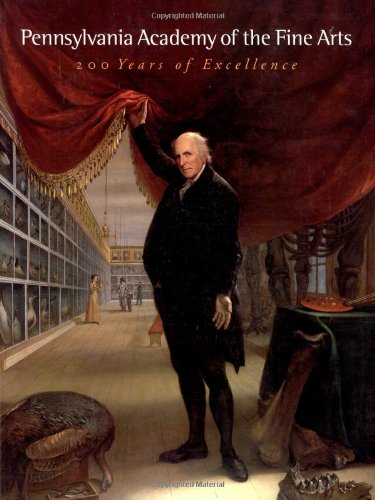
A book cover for Pennsylvania Academy of the Fine Arts, 1805-2005: 200 Years of Excellence; Pennsylvania Academy of the Fine Arts; Travel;